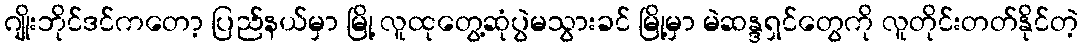
ဂျိုးဘိုင်ဒင်ကတော့ ပြည်နယ်မှာ မြို့ လူထုတွေ့ဆုံပွဲမသွားခင် မြို့မှာ မဲဆန္ဒရှင်တွေကို လူတိုင်းတတ်နိုင်တဲ့